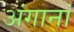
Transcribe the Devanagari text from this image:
अंगानां